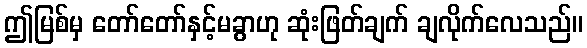
ဤမြစ်မှ တော်တော်နှင့်မခွာဟု ဆုံးဖြတ်ချက် ချလိုက်လေသည်။